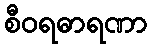
စီဝရဓာရဏာ